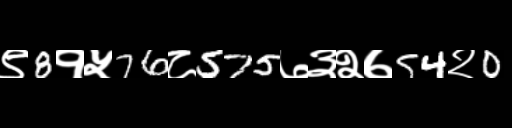
Text: ९8१५76८575७३२७54२0